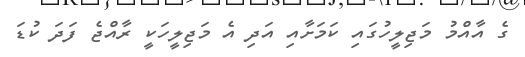
ގެ އާއްމު މަޖިލީހުގައި ކަމަަށާއި އަދި އެ މަޖިލީހަކީ ރާއްޖެ ފަދަ ކުޑަ